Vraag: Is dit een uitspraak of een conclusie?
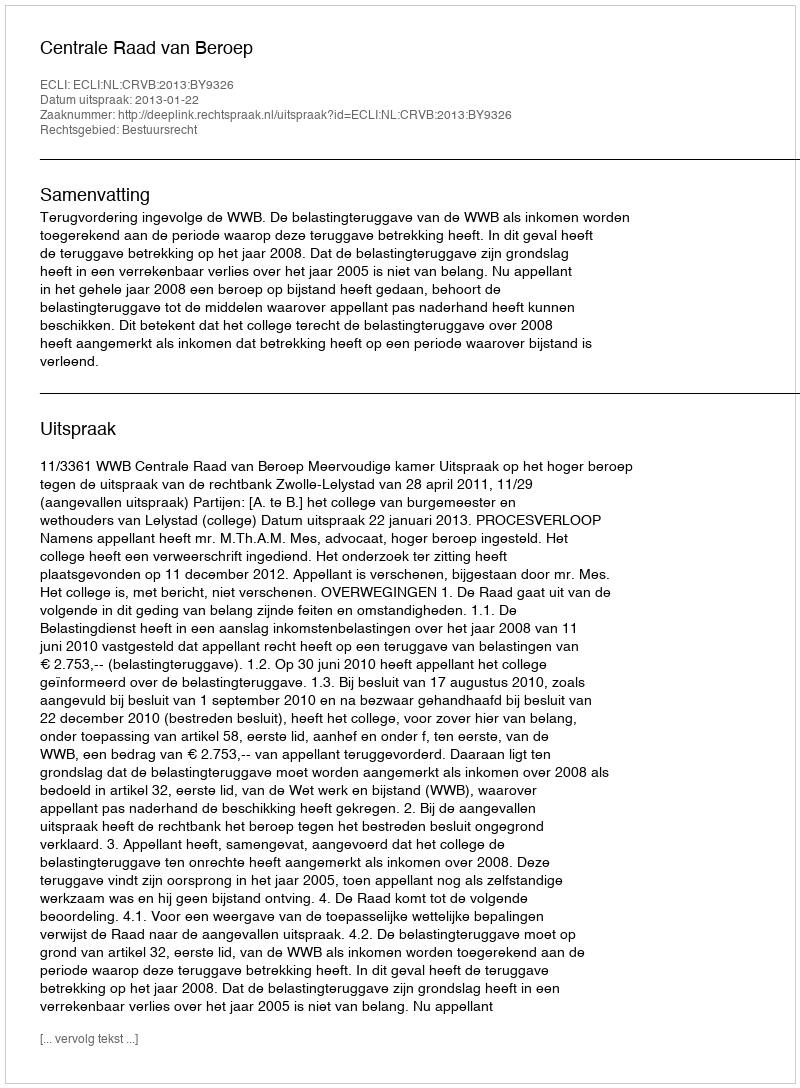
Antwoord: Uitspraak